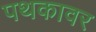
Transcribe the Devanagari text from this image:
पथकावर